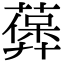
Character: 𦽻